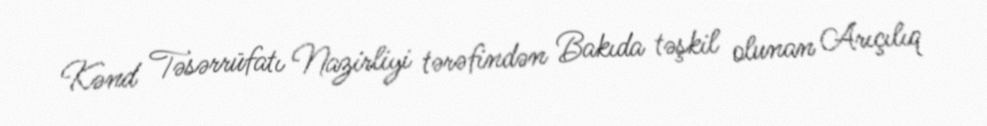
Kənd Təsərrüfatı Nazirliyi tərəfindən Bakıda təşkil olunan Arıçılıq